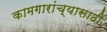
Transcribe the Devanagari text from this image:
कामगारांच्यासाठी